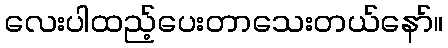
လေးပါထည့်ပေးတာသေးတယ်နော်။